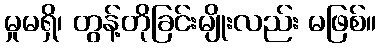
မှုမရှိ၊ တွန့်တိုခြင်းမျိုးလည်း မဖြစ်။